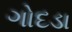
ગોદડા